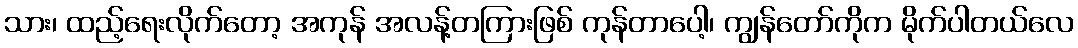
သား၊ ထည့်ရေးလိုက်တော့ အကုန် အလန့်တကြားဖြစ် ကုန်တာပေါ့၊ ကျွန်တော်ကိုက မိုက်ပါတယ်လေ